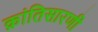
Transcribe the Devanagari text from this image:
क्रांतिसारणी